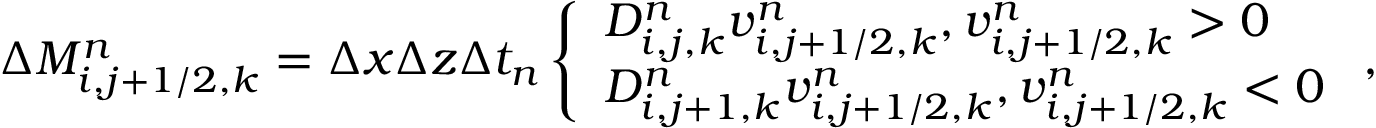
\begin{array} { r } { \Delta M _ { i , j + 1 / 2 , k } ^ { n } = \Delta x \Delta z \Delta t _ { n } \left\{ \begin{array} { l l } { D _ { i , j , k } ^ { n } v _ { i , j + 1 / 2 , k } ^ { n } , v _ { i , j + 1 / 2 , k } ^ { n } > 0 } \\ { D _ { i , j + 1 , k } ^ { n } v _ { i , j + 1 / 2 , k } ^ { n } , v _ { i , j + 1 / 2 , k } ^ { n } < 0 } \end{array} \right. , } \end{array}